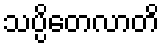
သပ္ပိတေလာတိ